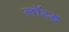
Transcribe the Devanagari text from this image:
लॉय्ड